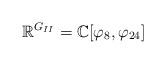
LaTeX: \begin{align*}\mathbb{R}^{G_{II}} = \mathbb{C}[\varphi_8, \varphi_{24}]\end{align*}